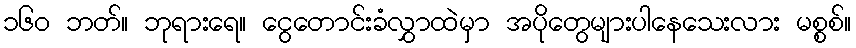
၁၆၀ ဘတ်။ ဘုရားရေ။ ငွေတောင်းခံလွှာထဲမှာ အပိုတွေများပါနေသေးလား မစ္စစ်။